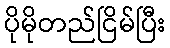
ပိုမိုတည်ငြိမ်ပြီး